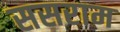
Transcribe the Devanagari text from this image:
ससराम